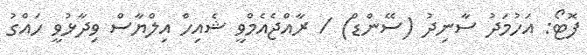
ފޮޓޯ: އަހުމަދު ސާނިދު (ސޭންޑް) / ރާއްޖެއެމްވީ ޝެއިހް އިލްޔާސް ވިދާޅުވީ ހައްގު